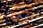
ويمكنك